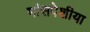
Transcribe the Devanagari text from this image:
मांसपेशीया